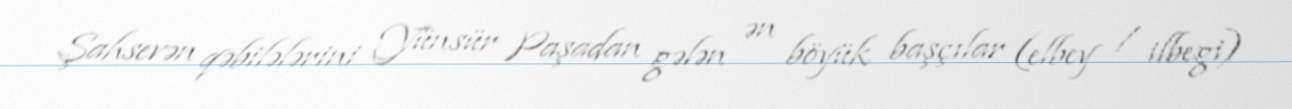
Şahsevən qəbilələrini Yünsür Paşadan gələn ən böyük başçılar (elbey / ilbegi)